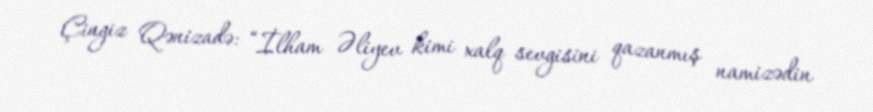
Çingiz Qənizadə: “İlham Əliyev kimi xalq sevgisini qazanmış namizədin